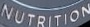
NUTRITION